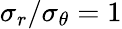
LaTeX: \sigma_{r}/\sigma_{\theta}=1